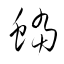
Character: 蟷